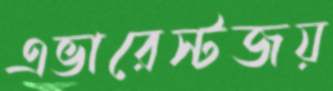
এভারেস্টজয়